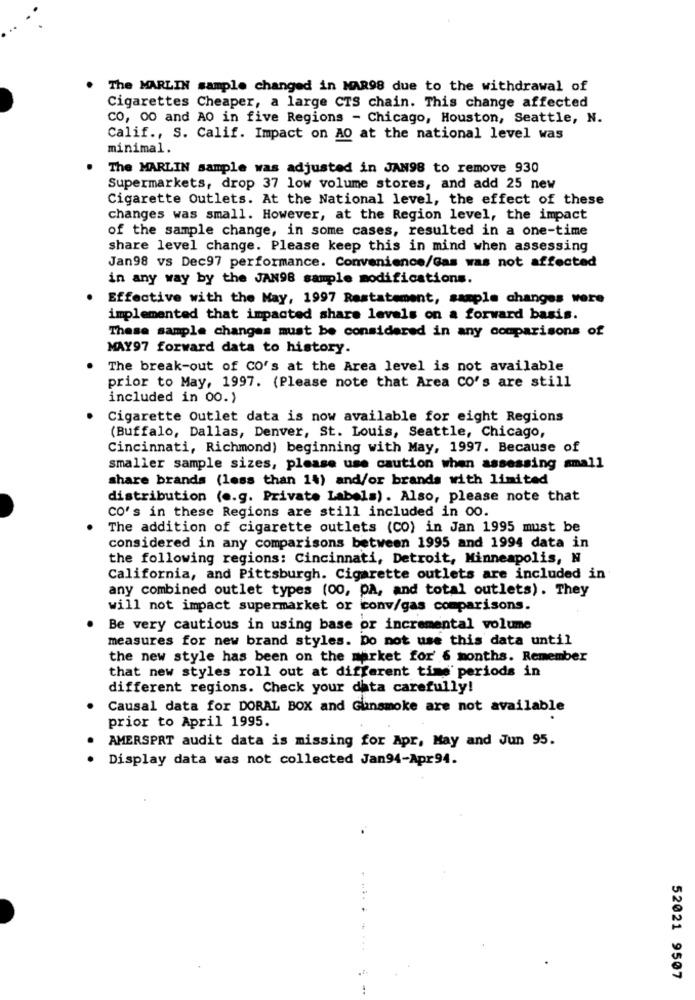
The MARLIN sample changed in MAR98 due to the withdrawal of
Cigarettes Cheaper, a large CTS chain. This change affected
CO, 00 and AO in five Regions - Chicago, Houston, Seattle, N.
Calif ., S. Calif. Impact on AO at the national level was
minimal.
The MARLIN sample was adjusted in JAN98 to remove 930
Supermarkets, drop 37 low volume stores, and add 25 new
Cigarette Outlets. At the National level, the effect of these
changes was small. However, at the Region level, the impact
of the sample change, in some cases, resulted in a one-time
share level change. Please keep this in mind when assessing
Jan98 vs Dec97 performance. Convenience/Gas was not affected
in any way by the JAN98 sample modifications.
Effective with the May, 1997 Rastatement, sample changes were
implemented that impacted share levels on a forward basis.
These sample changes must be considered in any comparisons of
MAY97 forward data to history.
The break-out of CO's at the Area level is not available
prior to May, 1997. (Please note that Area CO's are still
included in 00.)
Cigarette Outlet data is now available for eight Regions
(Buffalo, Dallas, Denver, St. Louis, Seattle, Chicago,
Cincinnati, Richmond) beginning with May, 1997. Because of
smaller sample sizes, please use caution when assessing small
share brands (less than 14) and/or brands with limited
distribution (e.g. Private Labels). Also, please note that
CO's in these Regions are still included in 00.
The addition of cigarette outlets (CO) in Jan 1995 must be
considered in any comparisons between 1995 and 1994 data in
the following regions: Cincinnati, Detroit, Minneapolis, N
California, and Pittsburgh. Cigarette outlets are included in
any combined outlet types (00, DA, and total outlets). They
will not impact supermarket or conv/gas comparisons.
Be very cautious in using base or incremental volume
measures for new brand styles. Do not use this data until
the new style has been on the market for' 6 months. Remember
that new styles roll out at different time periods in
different regions. Check your data carefully!
Causal data for DORAL BOX and Gunsmoke are not available
prior to April 1995.
AMERSPRT audit data is missing for Apr, May and Jun 95.
Display data was not collected Jan94-Apr94.
....
52021 9507